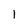
Character: l